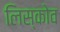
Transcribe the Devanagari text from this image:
लिस्कोव